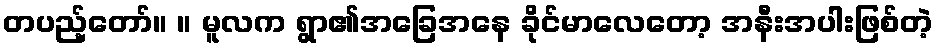
တပည့်တော်။ ။ မူလက ရွာ၏အခြေအနေ ခိုင်မာလေတော့ အနီးအပါးဖြစ်တဲ့